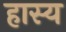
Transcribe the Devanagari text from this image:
हास्‍य